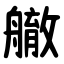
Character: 䒆